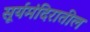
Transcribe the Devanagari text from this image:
सूर्यमंदिरातील